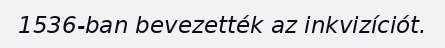
1536-ban bevezették az inkvizíciót.